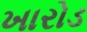
ખારોડ